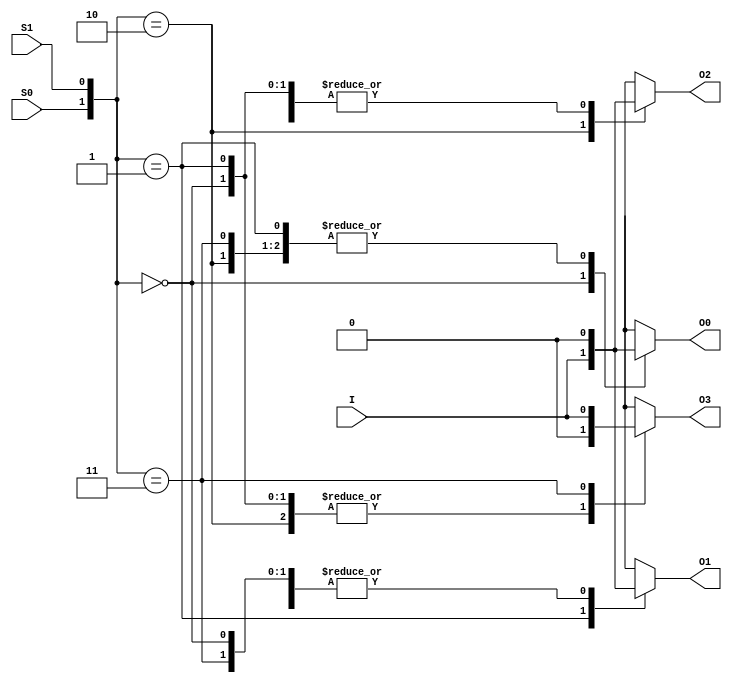
/*
This file contains Demultiplexer for 
1 to 4 bit

Author: Sahil & Shravan
Date: 08-02-2024
*/


module Demultiplexer_1_to_4(
    input I, S0, S1,
    output reg O0, O1, O2, O3
);

    always @ (I, S0, S1) begin
        case ({S0, S1})
            2'b00: begin O0 = I; O1 = 1'b0; O2 = 1'b0; O3 = 1'b0; end
            2'b01: begin O0 = 1'b0; O1 = I; O2 = 1'b0; O3 = 1'b0; end
            2'b10: begin O0 = 1'b0; O1 = 1'b0; O2 = I; O3 = 1'b0; end
            2'b11: begin O0 = 1'b0; O1 = 1'b0; O2 = 1'b0; O3 = I; end
        endcase
    end

endmodule